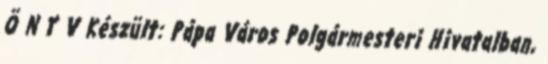
Ö N Y V Készült: Pápa Város Polgármesteri Hivatalban,